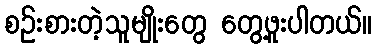
စဥ်းစားတဲ့သူမျိုးတွေ တွေ့ဖူးပါတယ်။